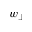
w _ { \perp }